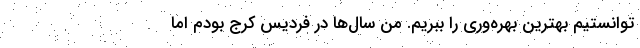
توانستیم بهترین بهره‌وری را ببریم. من سال‌ها در فردیس کرج بودم اما